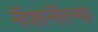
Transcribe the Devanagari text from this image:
नॅशनॅल्य